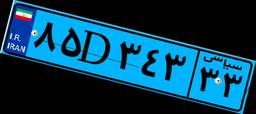
۸۵D۳۴۳۳۳